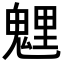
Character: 𩳓